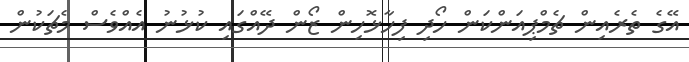
އޭގެ ތެރެއިން ޗެމްޕިއަންކަން ހޯދި ފިހާޅޮހިން ޒޯން ދޭއްގައި ކުޅުނު އެއްވެސް މެޗަކުން